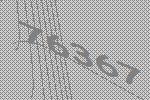
76367